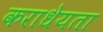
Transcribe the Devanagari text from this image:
कराधेयता